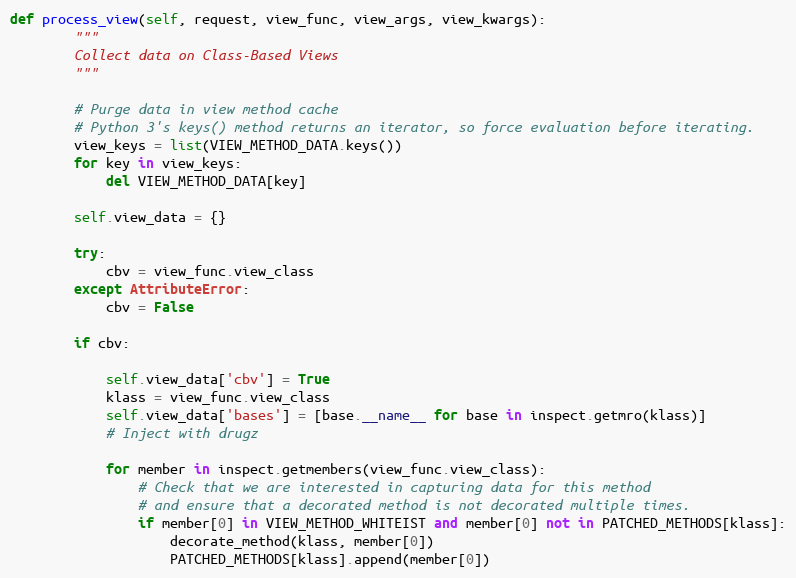
Language: Python
def process_view(self, request, view_func, view_args, view_kwargs):
        """
        Collect data on Class-Based Views
        """

        # Purge data in view method cache
        # Python 3's keys() method returns an iterator, so force evaluation before iterating.
        view_keys = list(VIEW_METHOD_DATA.keys())
        for key in view_keys:
            del VIEW_METHOD_DATA[key]

        self.view_data = {}

        try:
            cbv = view_func.view_class
        except AttributeError:
            cbv = False

        if cbv:

            self.view_data['cbv'] = True
            klass = view_func.view_class
            self.view_data['bases'] = [base.__name__ for base in inspect.getmro(klass)]
            # Inject with drugz

            for member in inspect.getmembers(view_func.view_class):
                # Check that we are interested in capturing data for this method
                # and ensure that a decorated method is not decorated multiple times.
                if member[0] in VIEW_METHOD_WHITEIST and member[0] not in PATCHED_METHODS[klass]:
                    decorate_method(klass, member[0])
                    PATCHED_METHODS[klass].append(member[0])